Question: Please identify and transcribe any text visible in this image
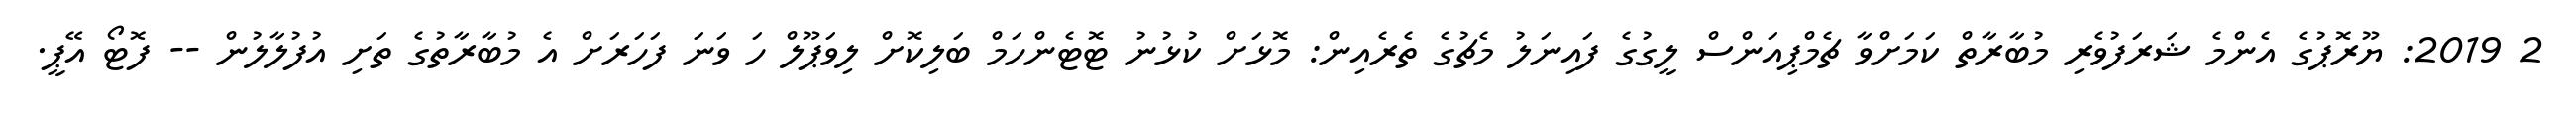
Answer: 2 2019: ޔޫރޮޕުގެ އެންމެ ޝަރަފުވެރި މުބާރާތް ކަމަށްވާ ޗެމްޕިއަންސް ލީގުގެ ފައިނަލު މެޗުގެ ތެރެއިން: މޮޅަށް ކުޅުނު ޓޮޓެންހަމް ބަލިކޮށް ލިވަޕޫލް ހަ ވަނަ ފަހަރަށް އެ މުބާރާތުގެ ތަށި އުފުލާލުން -- ފޮޓޯ އޭޕީ.